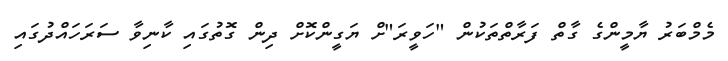
މެމްބަރު ޔާމީންގެ ގާތް ފަރާތްތަކުން "ހަވީރަ"ށް ޔަގީންކޮށް ދިން ގޮތުގައި ކާނިވާ ސަރަހައްދުގައި